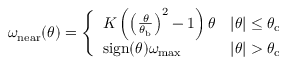
\omega _ { \mathrm { n e a r } } ( \theta ) = \left\{ \begin{array} { l l } { K \left( \left( \frac { \theta } { \theta _ { \mathrm { b } } } \right) ^ { 2 } - 1 \right) \theta } & { | \theta | \leq \theta _ { \mathrm { c } } } \\ { \mathrm { s i g n } ( \theta ) \omega _ { \mathrm { m a x } } } & { | \theta | > \theta _ { \mathrm { c } } } \end{array} \right.